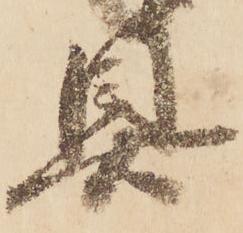
具